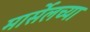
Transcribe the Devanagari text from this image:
मार्सेलच्या